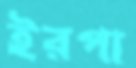
ইরপা